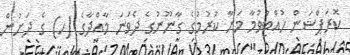
ކޮރަޕްޝަން ހުއްޓުވުމާ މަނާ ކުރުމުގެ ގާނޫނުގެ ދެވަނަ މާއްދާގެ (ހ) ގެ ދަށުން